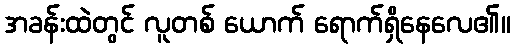
အခန်းထဲတွင် လူတစ် ယောက် ရောက်ရှိနေလေ၏။